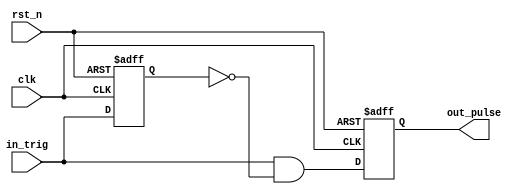
module one_pulse(
    clk, // clock input
    rst_n, //active low reset
    in_trig, // input trigger
    out_pulse // output one pulse
);
// Declare I/Os
input clk; // clock input
input rst_n; //active low reset
input in_trig; // input trigger
output out_pulse; // output one pulse
reg out_pulse; // output one pulse
// Declare internal nodes
reg in_trig_delay;
// Buffer input
always @(posedge clk or negedge rst_n)
    if (~rst_n)
        in_trig_delay <= 1'b0;
    else
        in_trig_delay <= in_trig;
// Pulse generation
assign out_pulse_next = in_trig & (~in_trig_delay);
always @(posedge clk or negedge rst_n)
    if (~rst_n)
        out_pulse <=1'b0;
    else
        out_pulse <= out_pulse_next;
endmodule